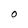
Character: O